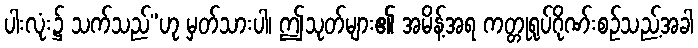
ပါးလုံး၌ သက်သည်”ဟု မှတ်သားပါ၊ ဤသုတ်များ၏ အမိန့်အရ ကတ္တုရုပ်ဂိုဏ်းစဉ်သည့်အခါ